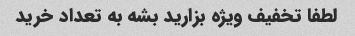
لطفا تخفیف ویژه بزارید بشه به تعداد خرید